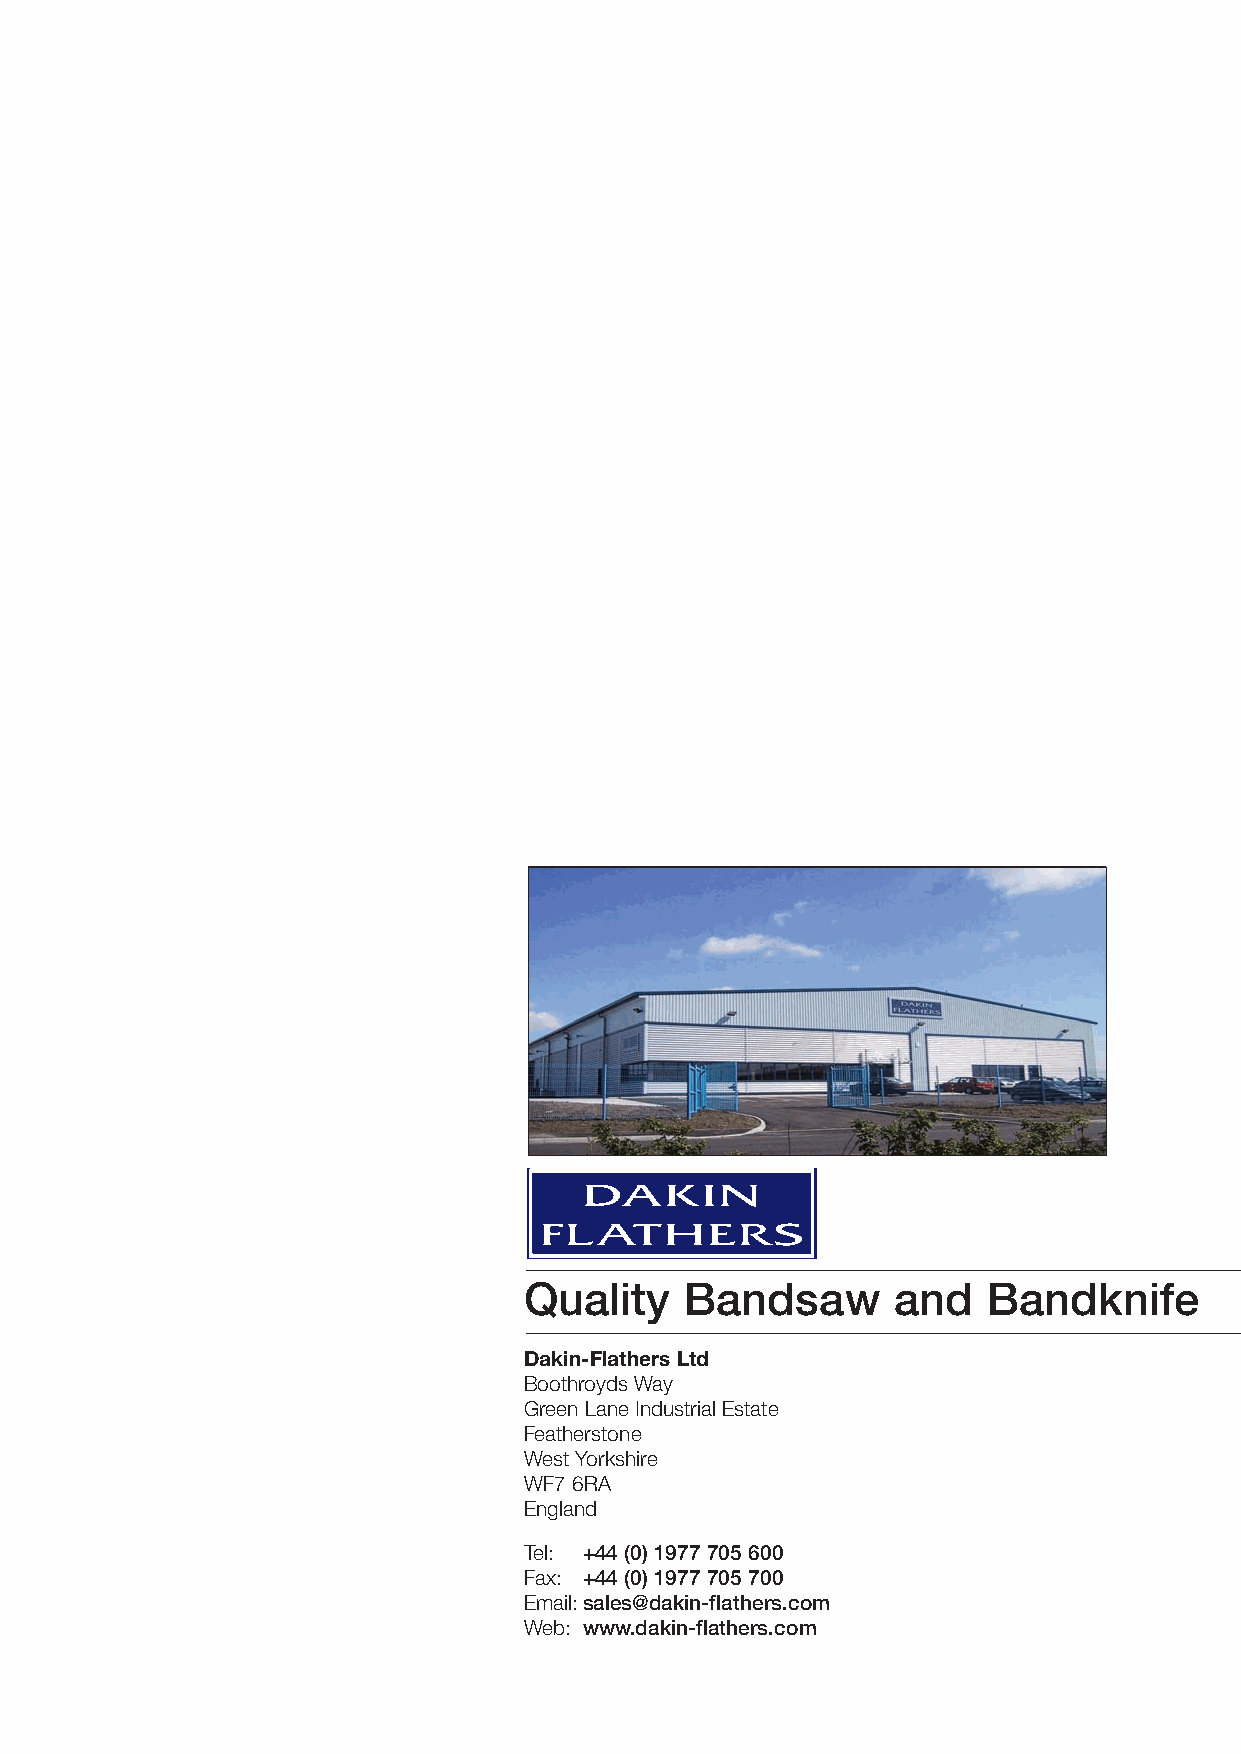
Quality   Bandsaw       and   Bandknife
 Dakin-Flathers Ltd
 Boothroyds Way
 Green Lane Industrial Estate
 Featherstone
 West Yorkshire
 WF7 6RA
 England
 Tel: +44 (0) 1977 705 600
 Fax: +44 (0) 1977 705 700
 Email:sales@dakin-flathers.com
 Web: www.dakin-flathers.com